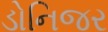
ડોનિજર